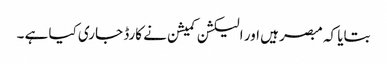
بتایا کہ مبصر ہیں اور الیکشن کمیشن نے کارڈ جاری کیا ہے ۔